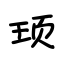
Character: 顼